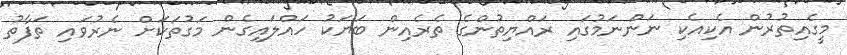
މީގެއިތުރުން އެކިއެކި ނަންނަމުގައި ރައްޔިތުންގެ ތެރެއިން ބަޔަކު ހައްލައިގެން މަގުތަކަށް ނެރުވައި ތަފާތު